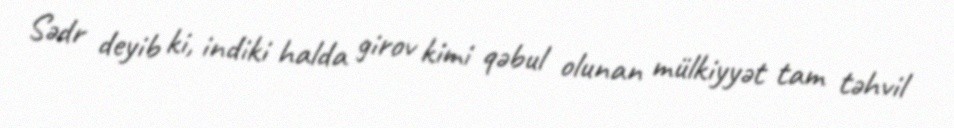
Sədr deyib ki, indiki halda girov kimi qəbul olunan mülkiyyət tam təhvil